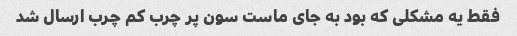
فقط یه مشکلی که بود به جای ماست سون پر چرب کم چرب ارسال شد